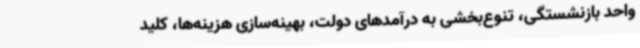
واحد بازنشستگی، تنوع‌بخشی به درآمدهای دولت، بهینه‌سازی هزینه‌ها، کلید